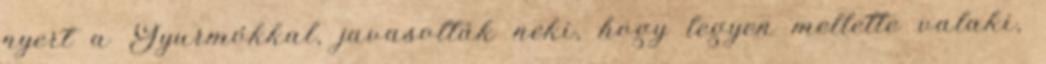
nyert a Gyurmókkal, javasolták neki, hogy legyen mellette valaki,